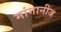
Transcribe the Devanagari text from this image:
मांगानीज